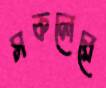
সকলেরে